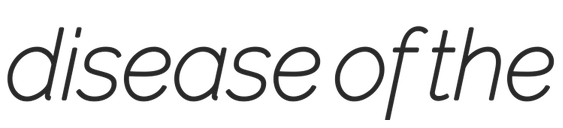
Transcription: disease of the